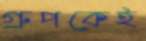
গ্রুপকেই